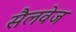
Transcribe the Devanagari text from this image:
सैलवेज